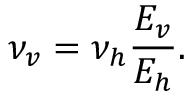
\nu _ { v } = \nu _ { h } \frac { E _ { v } } { E _ { h } } .